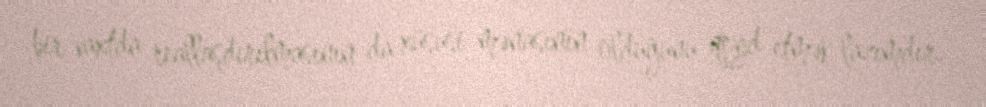
bir vaxtda reallaşdırılmasının da xüsusi mənasının olduğunu qeyd etmək lazımdır.